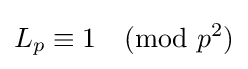
L_{p}\equiv 1{\pmod {p^{2}}}